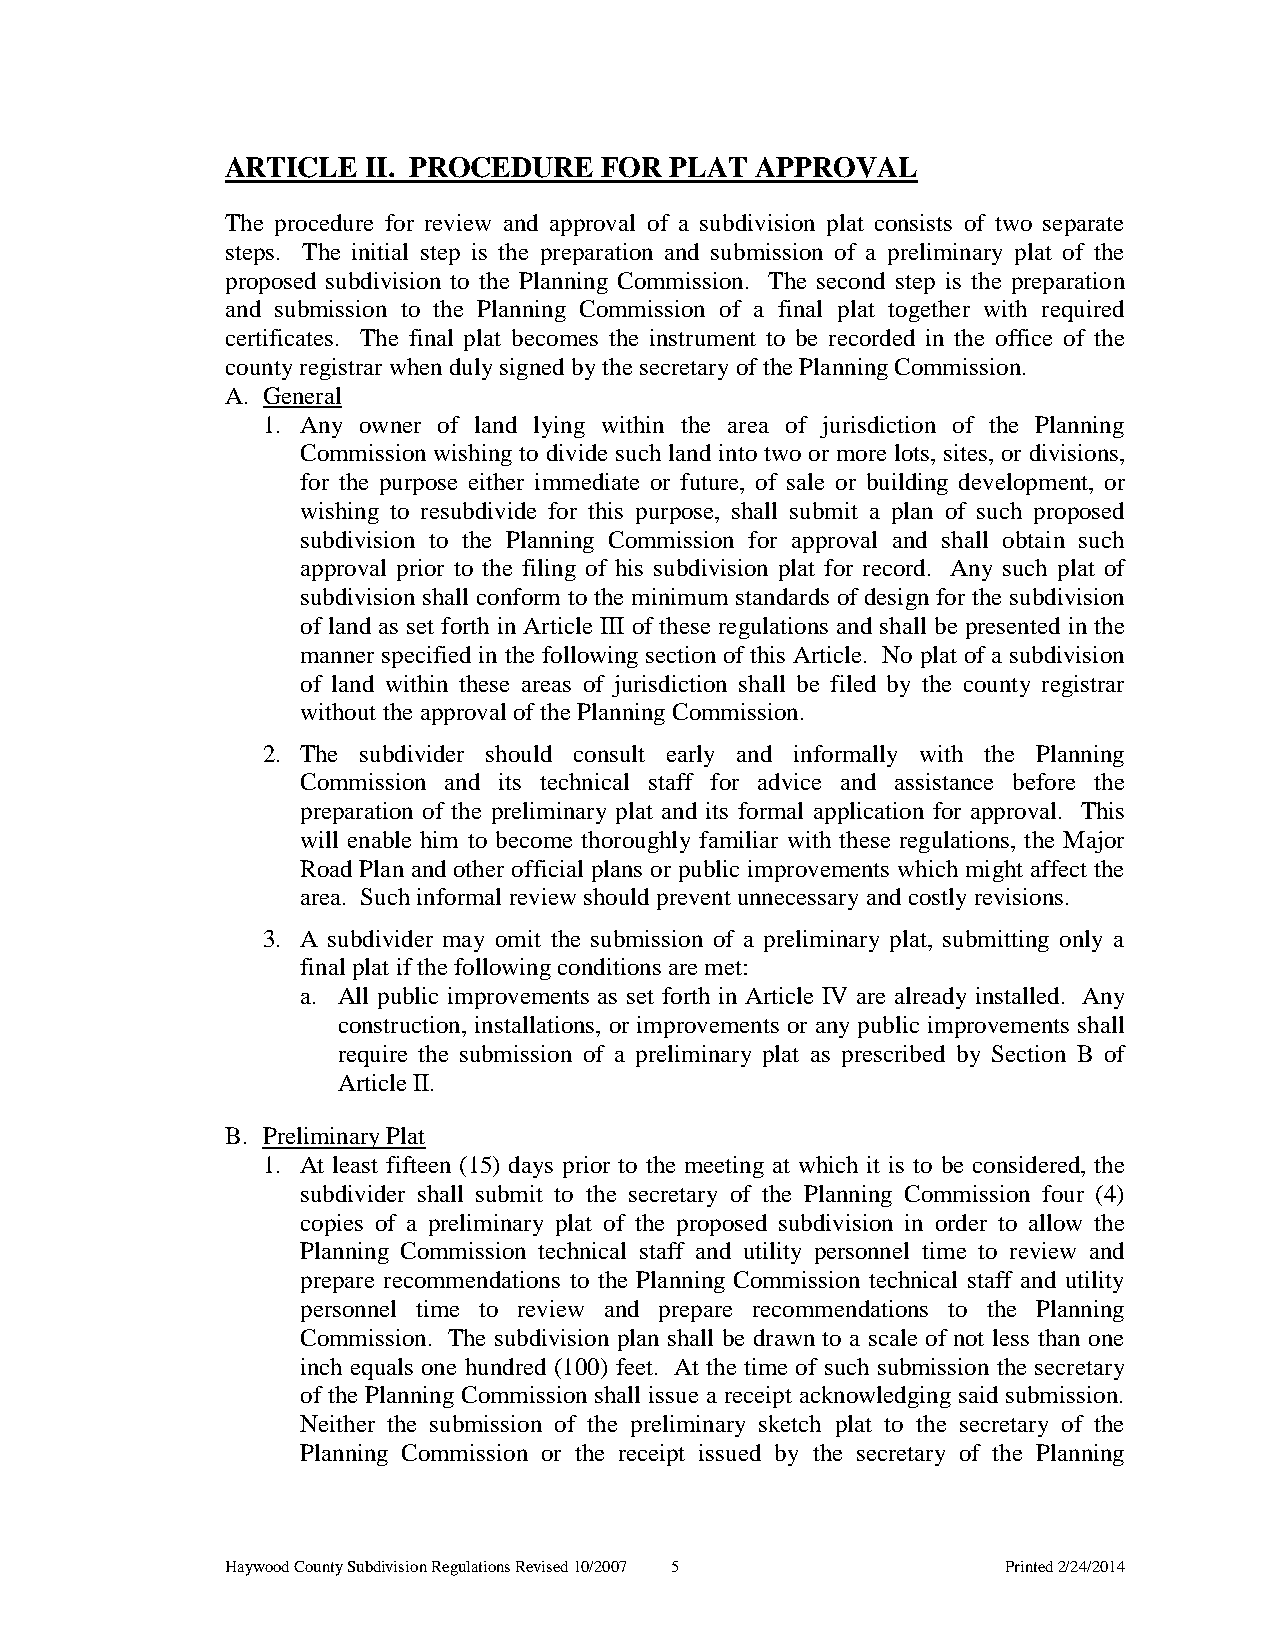
ARTICLE  II. PROCEDURE   FOR PLAT  APPROVAL
 The procedure for review and approval of a subdivision plat consists of two separate
 steps. The initial step is the preparation and submission of a preliminary plat of the
 proposed subdivision to the Planning Commission. The second step is the preparation
 and submission to the Planning Commission of a final plat together with required
 certificates. The final plat becomes the instrument to be recorded in the office of the
 county registrar when duly signed by the secretary of the Planning Commission.
 A. General
 1. Any owner of land lying within the area of jurisdiction of the Planning
 Commission wishing to divide such land into two or more lots, sites, or divisions,
 for the purpose either immediate or future, of sale or building development, or
 wishing to resubdivide for this purpose, shall submit a plan of such proposed
 subdivision to the Planning Commission for approval and shall obtain such
 approval prior to the filing of his subdivision plat for record. Any such plat of
 subdivision shall conform to the minimum standards of design for the subdivision
 of land as set forth in Article III of these regulations and shall be presented in the
 manner specified in the following section of this Article. No plat of a subdivision
 of land within these areas of jurisdiction shall be filed by the county registrar
 without the approval of the Planning Commission.
 2. The subdivider should consult early and informally with the Planning
 Commission and its technical staff for advice and assistance before the
 preparation of the preliminary plat and its formal application for approval. This
 will enable him to become thoroughly familiar with these regulations, the Major
 Road Plan and other official plans or public improvements which might affect the
 area. Such informal review should prevent unnecessary and costly revisions.
 3. A subdivider may omit the submission of a preliminary plat, submitting only a
 final plat if the following conditions are met:
 a. All public improvements as set forth in Article IV are already installed. Any
 construction, installations, or improvements or any public improvements shall
 require the submission of a preliminary plat as prescribed by Section B of
 Article II.
 B. Preliminary Plat
 1. At least fifteen (15) days prior to the meeting at which it is to be considered, the
 subdivider shall submit to the secretary of the Planning Commission four (4)
 copies of a preliminary plat of the proposed subdivision in order to allow the
 Planning Commission technical staff and utility personnel time to review and
 prepare recommendations to the Planning Commission technical staff and utility
 personnel time to review and prepare recommendations to the Planning
 Commission. The subdivision plan shall be drawn to a scale of not less than one
 inch equals one hundred (100) feet. At the time of such submission the secretary
 of the Planning Commission shall issue a receipt acknowledging said submission.
 Neither the submission of the preliminary sketch plat to the secretary of the
 Planning Commission or the receipt issued by the secretary of the Planning
 Haywood County Subdivision Regulations Revised 10/2007 5 Printed 2/24/2014